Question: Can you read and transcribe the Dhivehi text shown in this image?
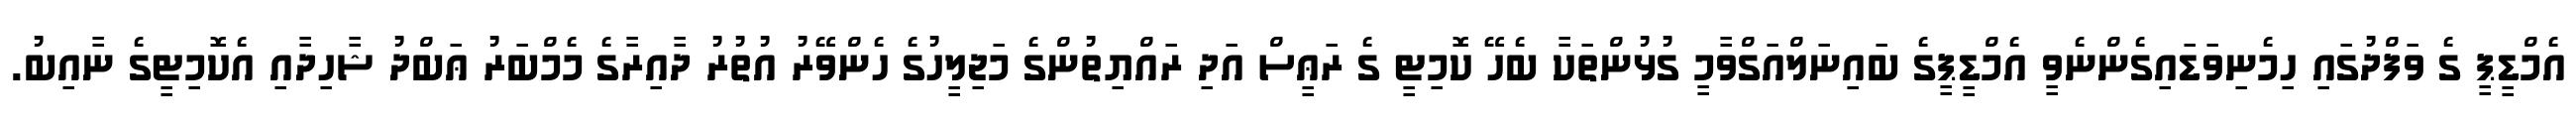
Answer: އެމްޑީޕީ ގެ ވަފްދުގައި ހިމެނިވަޑައިގެންނެވީ އެމްޑީޕީގެ ބައިނަލްއަގްވާމީ ގުޅުންތަކާ ބެހޭ ކޮމިޓީ ގެ ރަޢީސް އަދި ރައްޔިތުންގެ މަޖިލީހުގެ ހެންވޭރު އުތުރު ދާއިރާގެ މެމްބަރު ޢަބްދު ޝާހިދާއި އެކޮމިޓީގެ ނާއިބު.